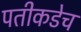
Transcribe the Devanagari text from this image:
पतीकडेच